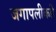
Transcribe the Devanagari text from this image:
जगापलीकडे